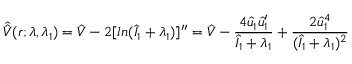
\hat { \hat { V } } ( r ; \lambda , \lambda _ { 1 } ) = \hat { V } - 2 [ l n ( \hat { I } _ { 1 } + \lambda _ { 1 } ) ] ^ { \prime \prime } = \hat { V } - \frac { 4 \hat { u } _ { 1 } \hat { u } _ { 1 } ^ { \prime } } { \hat { I } _ { 1 } + \lambda _ { 1 } } + \frac { 2 \hat { u } _ { 1 } ^ { 4 } } { ( \hat { I } _ { 1 } + \lambda _ { 1 } ) ^ { 2 } }